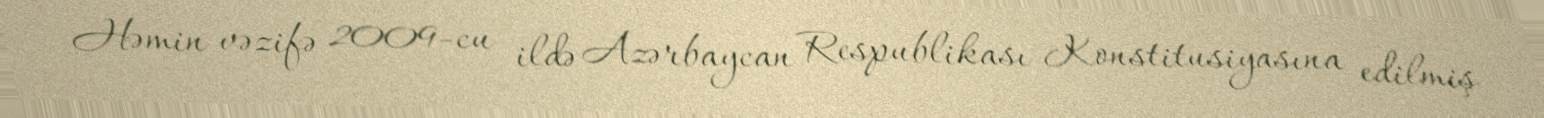
Həmin vəzifə 2009-cu ildə Azərbaycan Respublikası Konstitusiyasına edilmiş